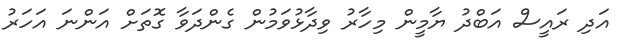
އަދި ރައީސް އަބްދު ޔާމީން މިހާރު ވިދާޅުވަމުން ގެންދަވާ ގޮތަށް އަންނަ އަހަރު